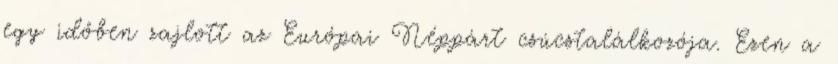
egy időben zajlott az Európai Néppárt csúcstalálkozója. Ezen a